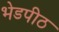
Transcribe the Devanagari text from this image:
भेडपीठ